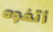
أتفوه